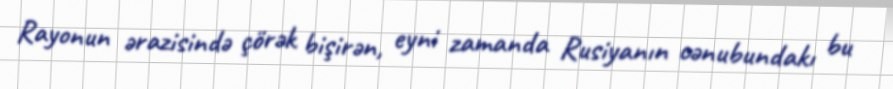
Rayonun ərazisində çörək bişirən, eyni zamanda Rusiyanın cənubundakı bu